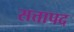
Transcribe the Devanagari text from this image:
सत्तापद